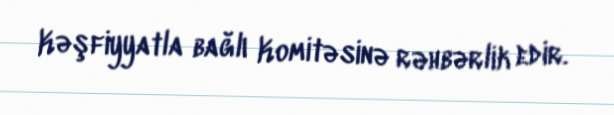
Kəşfiyyatla bağlı Komitəsinə rəhbərlik edir.